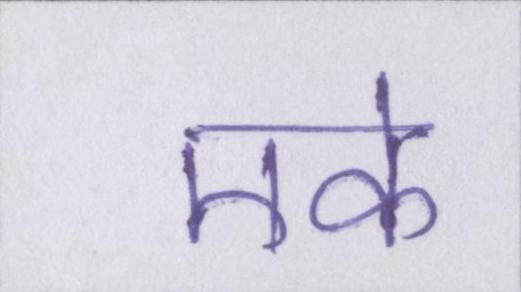
एके